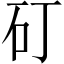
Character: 矴